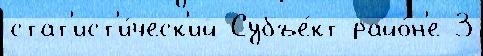
стат'ист'и́ческ'ий Субъе́кт райо́н'е 3